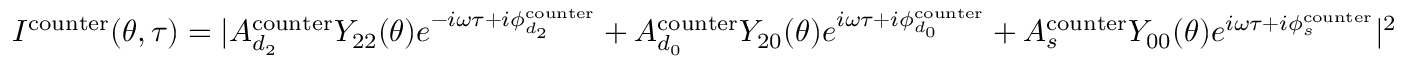
\begin{array} { r } { I ^ { \mathrm { { c o u n t e r } } } ( \theta , \tau ) = | A _ { d _ { 2 } } ^ { \mathrm { c o u n t e r } } Y _ { 2 2 } ( \theta ) e ^ { - i \omega \tau + i \phi _ { d _ { 2 } } ^ { \mathrm { { c o u n t e r } } } } + A _ { d _ { 0 } } ^ { \mathrm { c o u n t e r } } Y _ { 2 0 } ( \theta ) e ^ { i \omega \tau + i \phi _ { d _ { 0 } } ^ { \mathrm { { c o u n t e r } } } } + A _ { s } ^ { \mathrm { c o u n t e r } } Y _ { 0 0 } ( \theta ) e ^ { i \omega \tau + i \phi _ { s } ^ { \mathrm { { c o u n t e r } } } } | ^ { 2 } } \end{array}